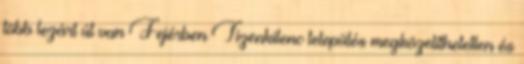
több lezárt út van Fejérben Tizenkilenc település megközelíthetetlen és